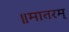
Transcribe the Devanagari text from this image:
॥मातरम्